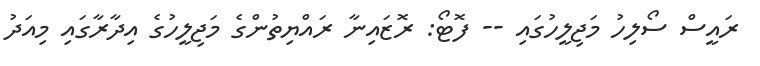
ރައީސް ސޯލިހު މަޖިލީހުގައި -- ފޮޓޯ: ރޮޒައިނާ ރައްޔިތުންގެ މަޖިލީހުގެ އިދާރާގައި މިއަދު